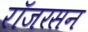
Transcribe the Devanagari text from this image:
रॉजरसन